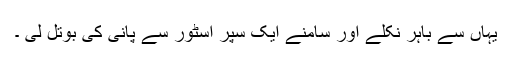
یہاں سے باہر نکلے اور سامنے ایک سپر اسٹور سے پانی کی بوتل لی ۔